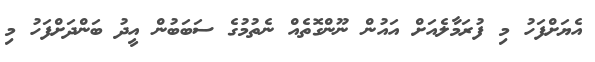
އެޔަށްފަހު މި ފުރަމާލެއަށް އައުން ނޫންގޮތެއް ނެތުމުގެ ސަބަބުން އީދު ބަންދަށްފަހު މި